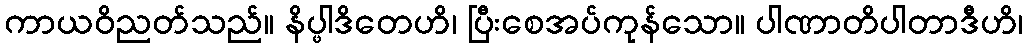
ကာယဝိညတ်သည်။ နိပ္ဖါဒိတေဟိ၊ ပြီးစေအပ်ကုန်သော။ ပါဏာတိပါတာဒီဟိ၊